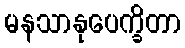
မနသာနုပေက္ခိတာ